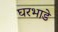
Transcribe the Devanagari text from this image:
घरभाडे